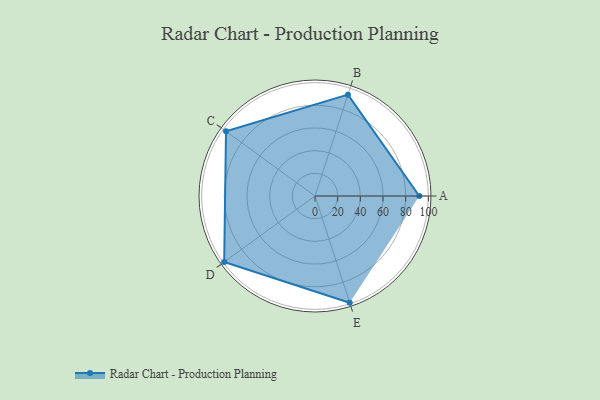
{"axis": {"x": "Skill", "y": "Score"}, "legend": ["Profile"], "data": [{"x": "A", "y": 92.0, "type": "Profile"}, {"x": "B", "y": 94.0, "type": "Profile"}, {"x": "C", "y": 97.0, "type": "Profile"}, {"x": "D", "y": 99, "type": "Profile"}, {"x": "E", "y": 99, "type": "Profile"}]}